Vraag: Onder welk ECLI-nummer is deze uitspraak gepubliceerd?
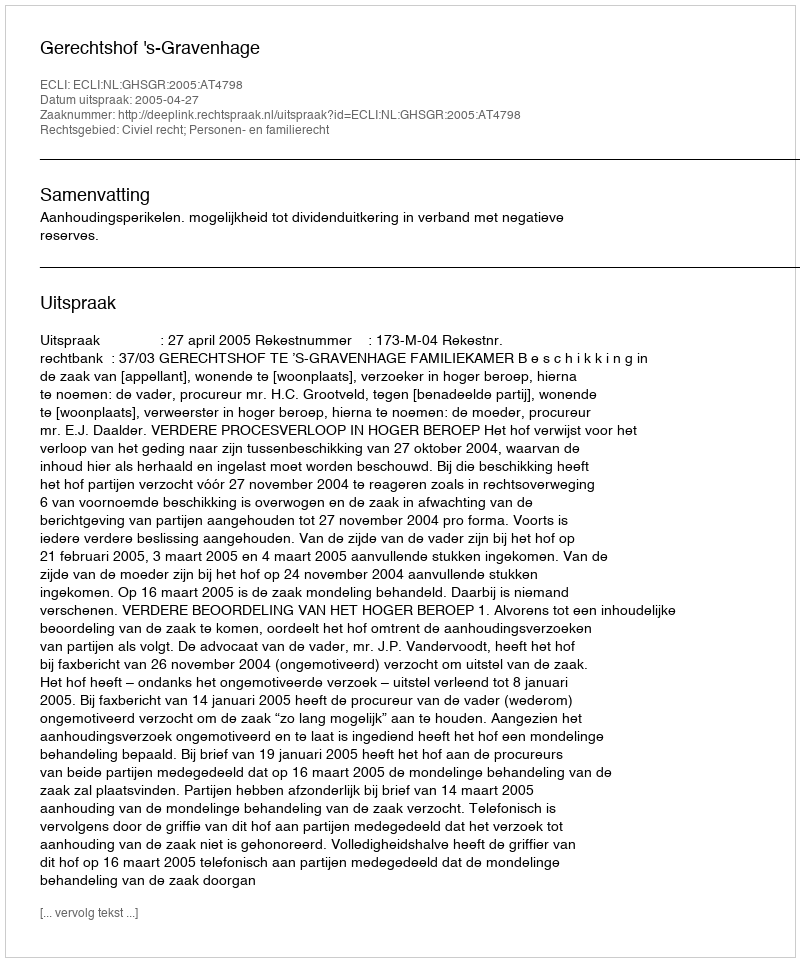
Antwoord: ECLI:NL:GHSGR:2005:AT4798